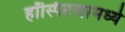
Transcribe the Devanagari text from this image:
हॉस्पिटलामध्ये